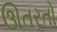
ઊતરતો